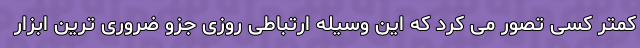
کمتر کسی تصور می کرد که این وسیله ارتباطی روزی جزو ضروری ترین ابزار